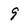
Character: 9